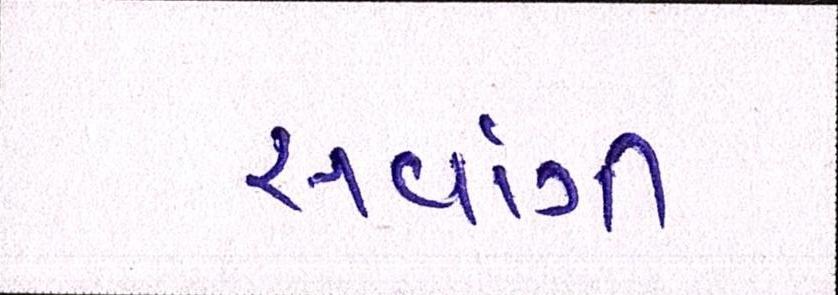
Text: સર્વાગી